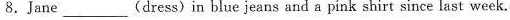
8.Jane___(dress)in blue jeans and a pink shirt since last week.